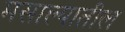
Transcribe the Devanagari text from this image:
मसाल्यातील